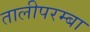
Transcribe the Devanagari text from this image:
तालीपरम्बा